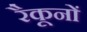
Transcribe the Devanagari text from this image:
रैकूनों